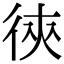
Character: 㣣